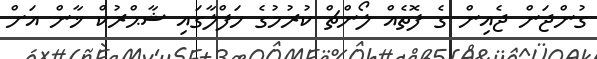
ގުންޖަން ޖެއިން ގެ ފޮތެއް ލޯންޗް ކުރުމުގެ ހަފްލާގައި ޝާޙްރުކް ޚާން އަށް